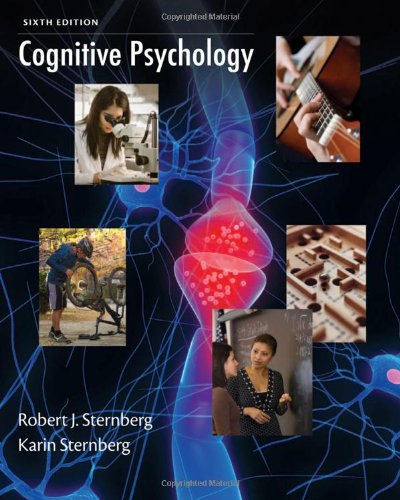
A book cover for Cognitive Psychology; Robert J. Sternberg; Medical Books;